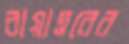
বায়াত্তরের